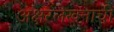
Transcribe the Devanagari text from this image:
अक्षरलेखनाची